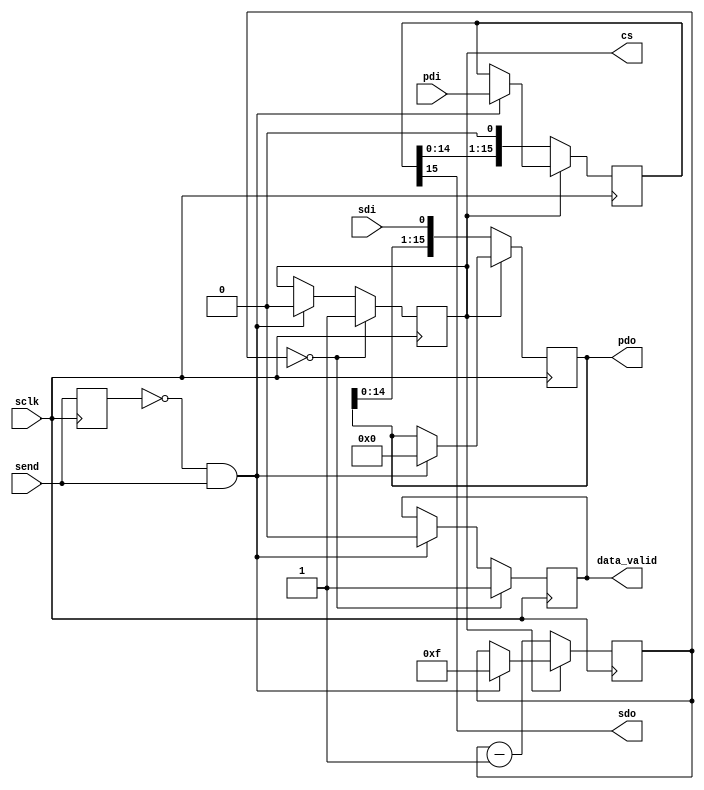
//
// Copyright (c) 2015 Thomas R. Murphy and Case Western Reserve University
// All Rights Reserved
//
// Developed by Thomas Russell Murphy (trm70) during employment as teaching
// assistant of EECS 301 at CWRU.
//
// THIS SOFTWARE IS PROVIDED BY THE COPYRIGHT HOLDERS AND CONTRIBUTORS ``AS IS''
// AND ANY EXPRESS OR IMPLIED WARRANTIES, INCLUDING, BUT NOT LIMITED TO, THE
// IMPLIED WARRANTIES OF MERCHANTABILITY AND FITNESS FOR A PARTICULAR PURPOSE ARE
// DISCLAIMED. IN NO EVENT SHALL THE COPYRIGHT HOLDER OR CONTRIBUTORS BE LIABLE FOR
// ANY DIRECT, INDIRECT, INCIDENTAL, SPECIAL, EXEMPLARY, OR CONSEQUENTIAL DAMAGES
// (INCLUDING, BUT NOT LIMITED TO, PROCUREMENT OF SUBSTITUTE GOODS OR SERVICES;
// LOSS OF USE, DATA, OR PROFITS; OR BUSINESS INTERRUPTION) HOWEVER CAUSED AND ON
// ANY THEORY OF LIABILITY, WHETHER IN CONTRACT, STRICT LIABILITY, OR TORT
// (INCLUDING NEGLIGENCE OR OTHERWISE) ARISING IN ANY WAY OUT OF THE USE OF THIS
// SOFTWARE, EVEN IF ADVISED OF THE POSSIBILITY OF SUCH DAMAGE.
//

// Dumb SPI Driver for 16 bits transmitted in each direction
// 4 wire interface to peripheral: sclk, cs, sdi, sdo
// Data moves:
//   sdi => pdo
//   pdi => sdo

module spi_16i_16o( sclk, pdi, pdo, send, data_valid, cs, sdi, sdo );
input wire sclk;
input wire [ 15: 0 ] pdi;
input wire send;
input wire sdi;

output reg cs;
output wire sdo;
output reg [ 15: 0 ] pdo;
output reg data_valid;

reg last_send; // for edge detection of send
reg [ 4: 0 ] sent_bit; // count of last bit sent_bit
reg [ 15: 0 ] shift_out; // register for shifting out

assign sdo = shift_out[ 15 ];

initial begin
    last_send <= 1'b0;
    sent_bit <= 5'b0;
    cs <= 1'b1;
    shift_out <= 16'b0;
    data_valid <= 1'b0;
end

always @( posedge sclk ) begin
    last_send <= send;

    // start serial transmission on rising edge of send
    if ( ~last_send & send ) begin
        cs <= 1'b0;
        shift_out <= pdi;
        sent_bit <= 5'd15; // starting with msb
        data_valid <= 1'b0; // set data not-valid
        pdo <= 1'b0; // zero internal storage register
    end

    // continuing transmission
    if ( cs == 1'b0 ) begin
        pdo <= { pdo[ 14: 0 ], sdi }; // shifting data into storage
        shift_out <= { shift_out[ 14: 0 ], 1'b0 }; // shifting data out
        sent_bit <= sent_bit - 1'b1;
    end

    // ending transmission
    if ( sent_bit == 1'b0 ) begin
        cs <= 1'b1;
        data_valid <= 1'b1;
    end

end

endmodule